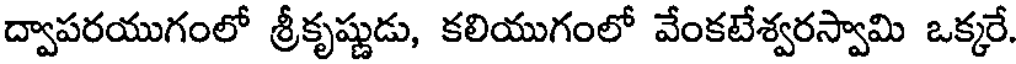
ద్వాపరయుగంలో శ్రీకృష్ణుడు, కలియుగంలో వేంకటేశ్వరస్వామి ఒక్కరే.